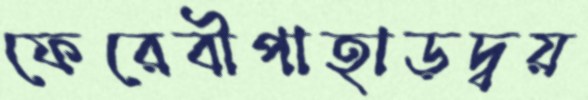
ফেরেবীপাহাড়দ্বয়